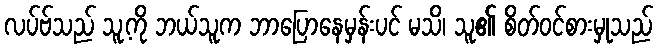
လပ်ဗ်သည် သူ့ကို ဘယ်သူက ဘာပြောနေမှန်းပင် မသိ၊ သူ၏ စိတ်ဝင်စားမှုသည်